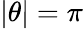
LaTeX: |\theta|=\pi